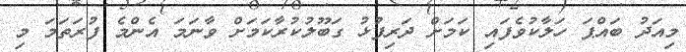
މިއަދު ބައްޕަ ހަލާކުވެފައި ކަމަށް ދަރިފުޅު ގަބޫލުކުރާކަމަށް ވާނަމަ އެންމެ ފުރަތަމަ މި